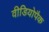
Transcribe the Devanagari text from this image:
वीडियोपैक